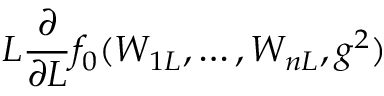
L \frac { \partial } { \partial L } f _ { 0 } ( W _ { 1 L } , \ldots , W _ { n L } , g ^ { 2 } )